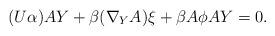
LaTeX: \begin{align*}(U\alpha) AY+\beta(\nabla_{Y}A)\xi+\beta A\phi AY=0.\end{align*}